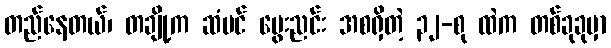
တည်နေတယ်၊ တချို့က ဆံပင် မွေးညင်း အစရှိတဲ့ ၃၂-စု ထဲက တစ်ခုခုမှာ